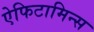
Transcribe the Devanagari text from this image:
ऐफिटामिन्स